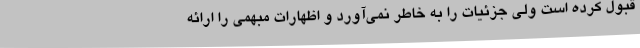
قبول کرده است ولی جزئیات را به خاطر نمی‌آورد و اظهارات مبهمی را ارائه